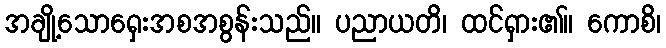
အချို့သောရှေးအစအစွန်းသည်။ ပညာယတိ၊ ထင်ရှား၏။ ကောစိ၊